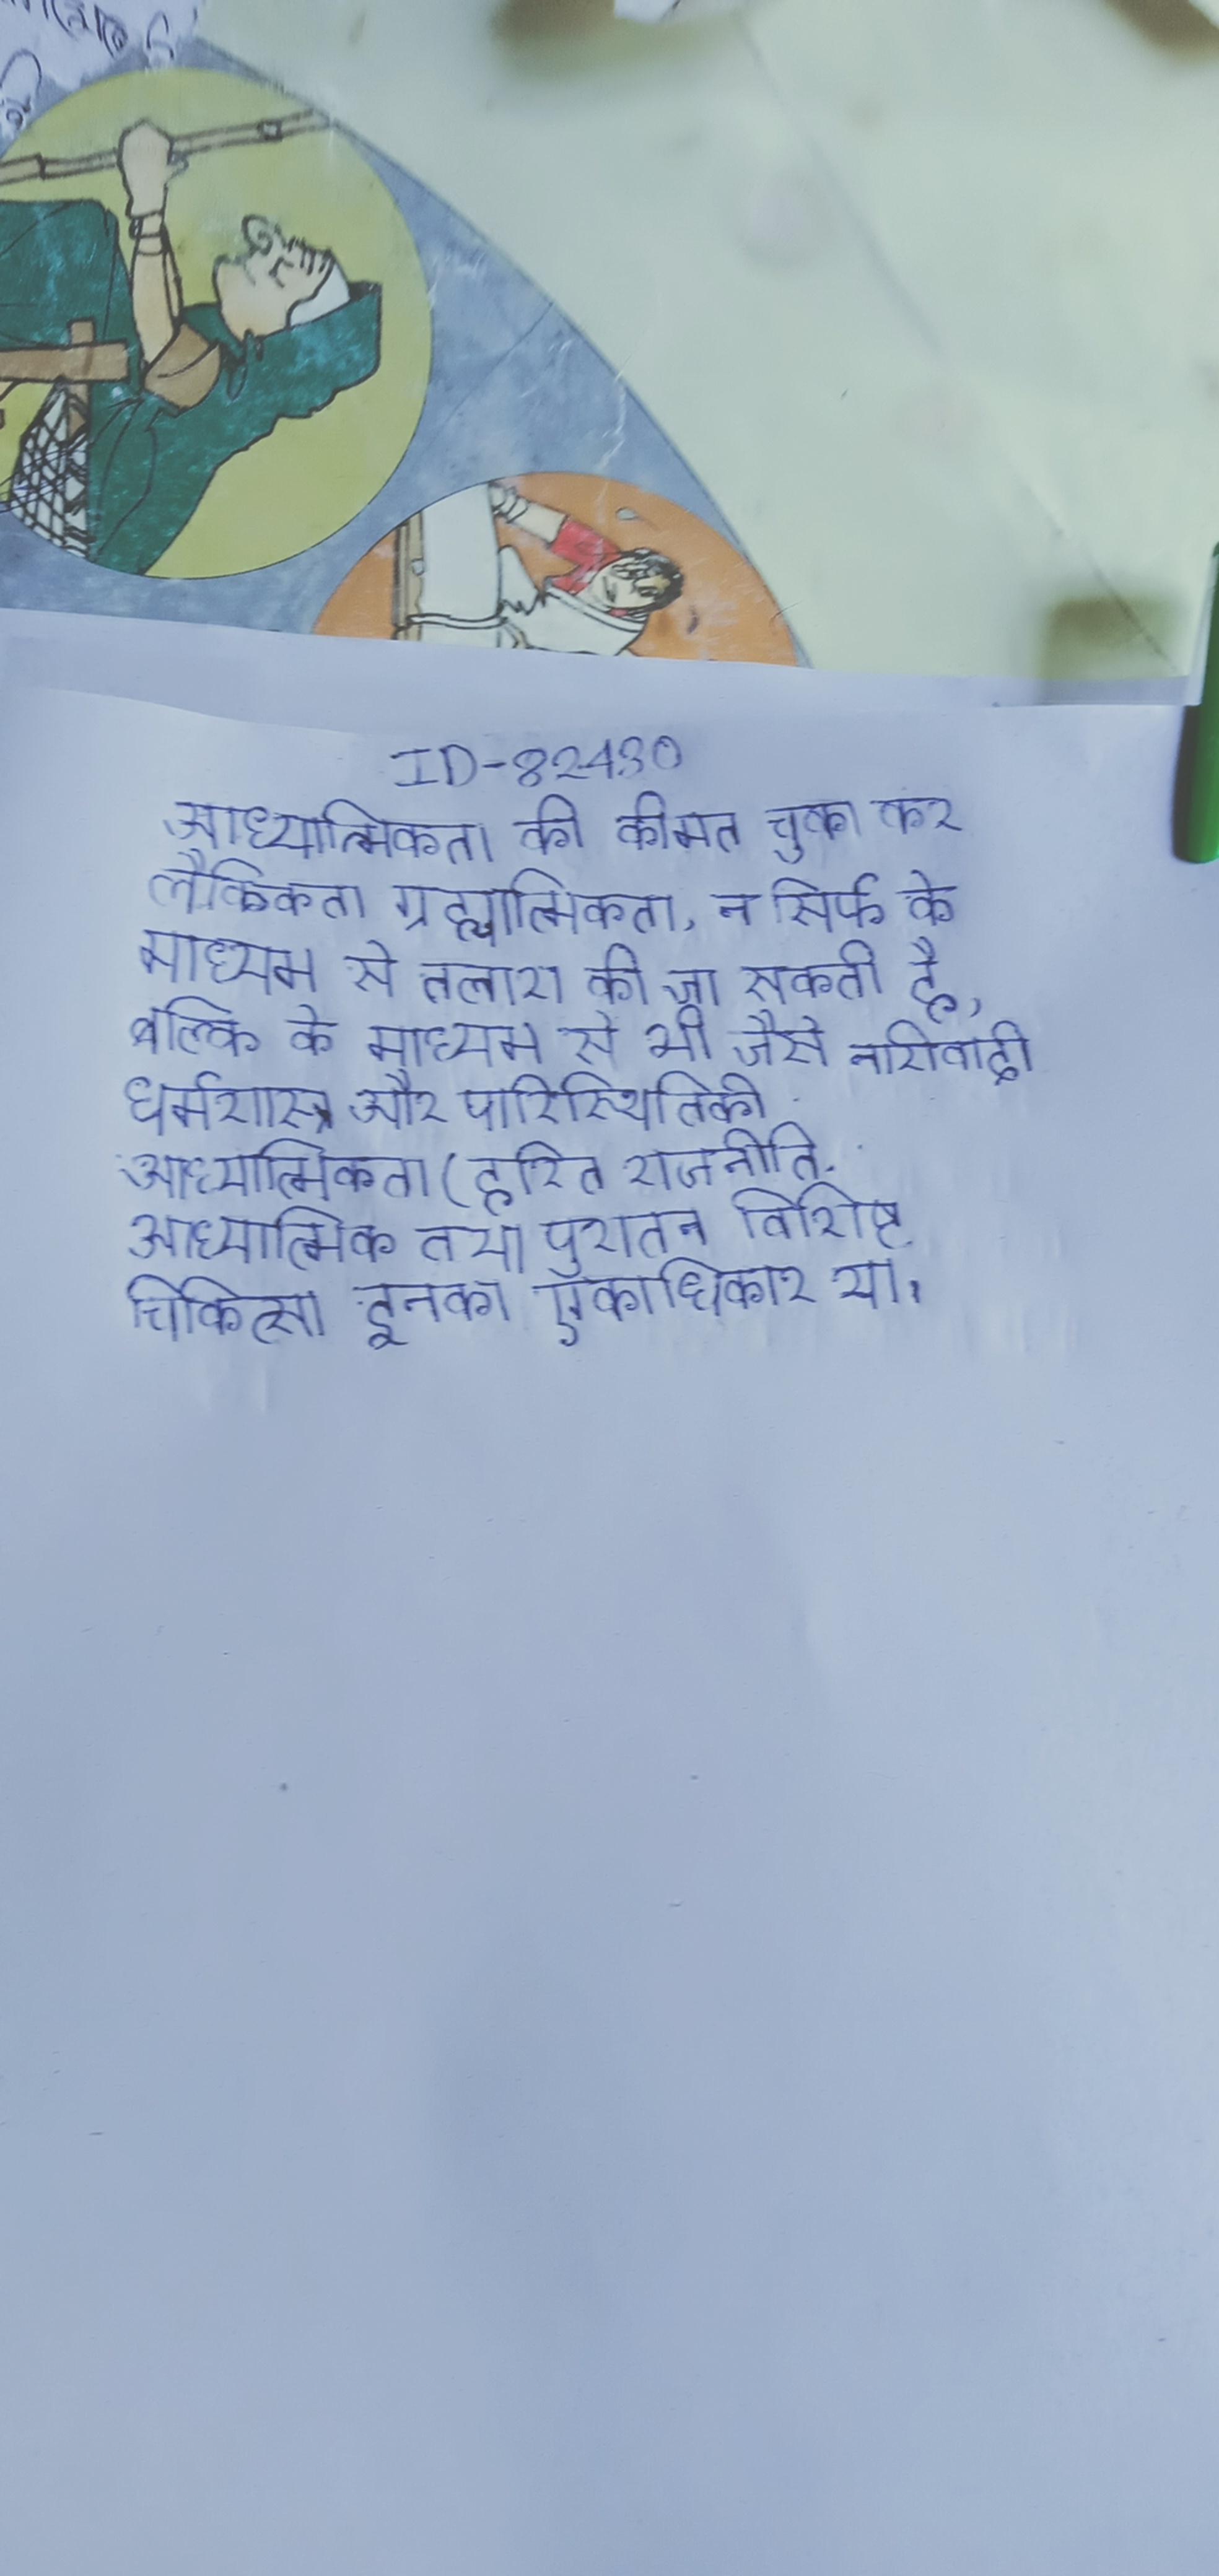
आध्यात्मिकता की कीमत चुका कर लौकिकता ग्रह्या । आध्यात्मिकता, न सिर्फ के माध्यम से तलाश की जा सकती है, बल्कि के माध्यम से भी जैसे नारीवादी धर्मशास्त्र और पारिस्थितिकी आध्यात्मिकता (हरित राजनीति . आध्यात्मिक तथा पुरातन विशिष्ट चिकित्सा इनका एकाधिकार था ।